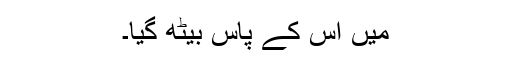
میں اس کے پاس بیٹھ گیا۔